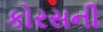
કોરસની